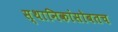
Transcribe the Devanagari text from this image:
स्थानिकांसोबतच